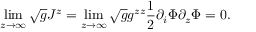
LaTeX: \operatorname * { l i m } _ { z \to \infty } \sqrt { g } J ^ { z } = \operatorname * { l i m } _ { z \to \infty } \sqrt { g } g ^ { z z } \frac { 1 } { 2 } \partial _ { i } \Phi \partial _ { z } \Phi = 0 .